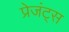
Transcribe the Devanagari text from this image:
प्रेजंट्स